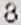
8